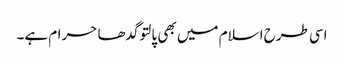
اسی طرح اسلام میں بھی پالتو گدھا حرام ہے۔